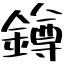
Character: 鐏